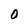
Character: 0